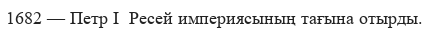
1682 — Петр І  Ресей империясының тағына отырды.